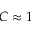
C \approx 1